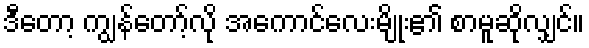
ဒီတော့ ကျွန်တော့်လို အကောင်လေးမျိုး၏ စာမူဆိုလျှင်။